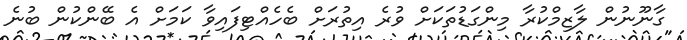
ގާނޫނުން ލާޒިމްކުރާ މިންގަޑުތަކަށް ވުރެ އިތުރަށް ބެހެއްޓިފައިވާ ކަމަށް އެ ބޭންކުން ބުނެ